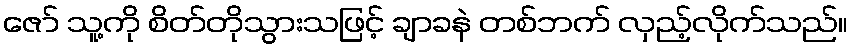
ဇော် သူ့ကို စိတ်တိုသွားသဖြင့် ချာခနဲ တစ်ဘက် လှည့်လိုက်သည်။